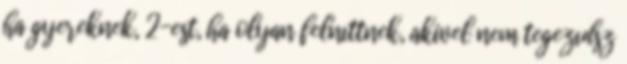
ha gyereknek, 2-est, ha olyan felnıttnek, akivel nem tegezıdsz